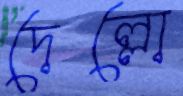
দেল্লো